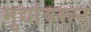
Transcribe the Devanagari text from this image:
मुद्यांवरून